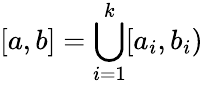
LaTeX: [a,b]=\bigcup_{i=1}^{k}[a_{i},b_{i})